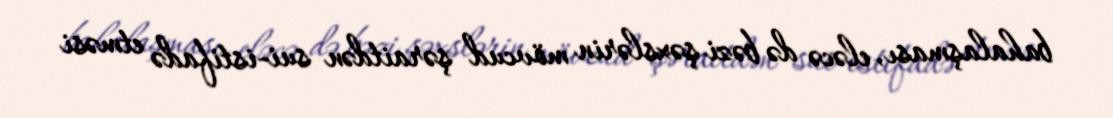
bahalaşması, eləcə də bəzi şəxslərin mövcud şəraitdən sui-istifadə etməsi